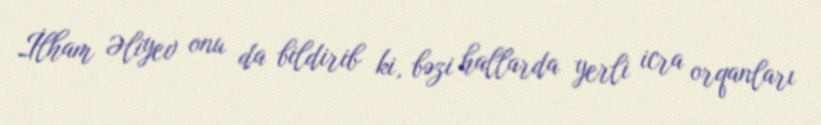
İlham Əliyev onu da bildirib ki, bəzi hallarda yerli icra orqanları